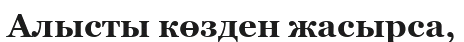
Алысты көзден жасырса,